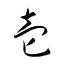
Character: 壱